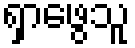
ရှာဖွေသူ